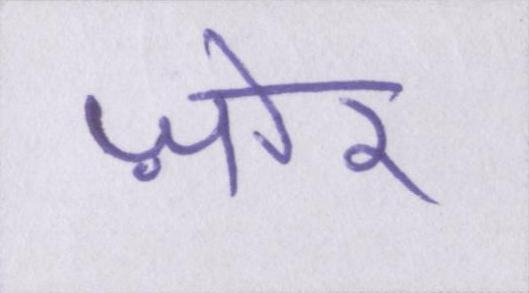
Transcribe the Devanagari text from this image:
ज़ोर